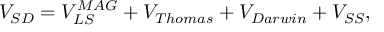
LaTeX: V _ { S D } = V _ { L S } ^ { M A G } + V _ { T h o m a s } + V _ { D a r w i n } + V _ { S S } ,